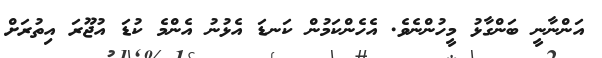
އަންނާނީ ބަންގާޅު މީހުންނެވެ. އެހެންކަމުން ކަނޑަ އެޅުނު އެންމެ ކުޑަ އުޖޫރަ އިތުރަށް